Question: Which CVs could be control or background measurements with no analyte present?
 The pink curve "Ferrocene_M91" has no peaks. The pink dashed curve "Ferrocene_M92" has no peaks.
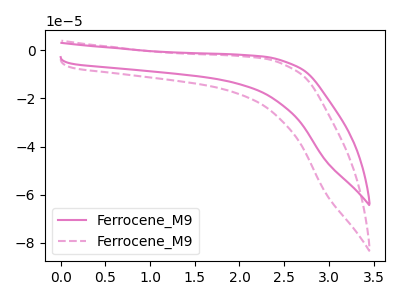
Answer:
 <answer>"Ferrocene_M91" and "Ferrocene_M92" are likely to be blanks.</answer>
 <eval>"Ferrocene_M91", "Ferrocene_M92"</eval>